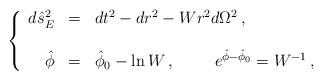
LaTeX: \begin{align*}\left\{\begin{array}{rcl}d\hat{s}^{2}_{E} & = & dt^{2} -dr^{2} -Wr^{2}d\Omega^{2}\, , \\& & \\\hat{\phi} & = & \hat{\phi}_{0} -\ln W\, ,\hspace{1cm}e^{\hat{\phi}-\hat{\phi}_{0}} =W^{-1}\, ,\\\end{array}\right.\end{align*}